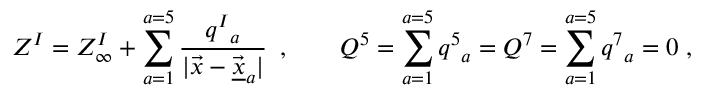
Z ^ { I } = Z _ { \infty } ^ { I } + \sum _ { a = 1 } ^ { a = 5 } { \frac { q ^ { I } { } _ { a } } { | \vec { x } - \vec { \underline { { { x } } } } _ { a } | } } \, \ , \qquad Q ^ { 5 } = \sum _ { a = 1 } ^ { a = 5 } q ^ { 5 } { } _ { a } = Q ^ { 7 } = \sum _ { a = 1 } ^ { a = 5 } q ^ { 7 } { } _ { a } = 0 \ ,